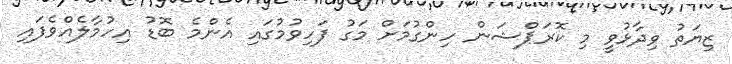
ޒިޔަތު ވިދާޅުވީ މި ކޮރަޕްޝަން ހިންގުމަށް މަގު ފަހިވުމުގައި އެންމެ ބޮޑު އިހުމާލެއްވެފައި